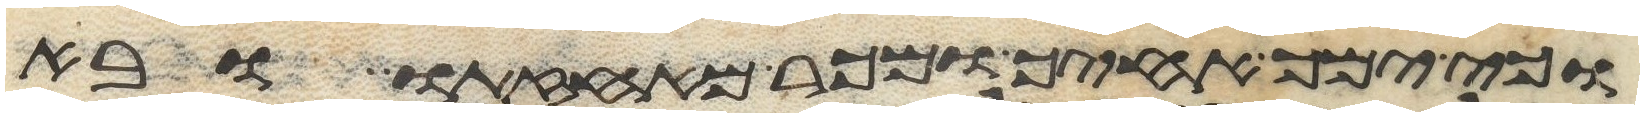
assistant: וכי ימך אחיך ומכר מאחזתו ובא